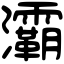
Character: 灞